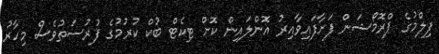
ފިލްމުގެ ޕްރޮމޯޝަން ފަށާފައިވާއިރު އޮންލައިން ކޮށް ޓިކެޓް ބުކް ކުރުމުގެ ފުރުސަތުވެސް މިހާރު